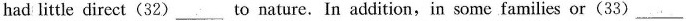
had little direct(32)___to nature. In addition,in some families or(33) ___